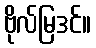
ဗိုလ်မြဒင်။